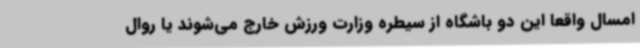
امسال واقعا این دو باشگاه از سیطره وزارت ورزش خارج می‌شوند یا روال